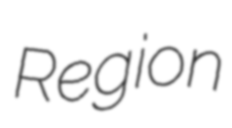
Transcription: Region